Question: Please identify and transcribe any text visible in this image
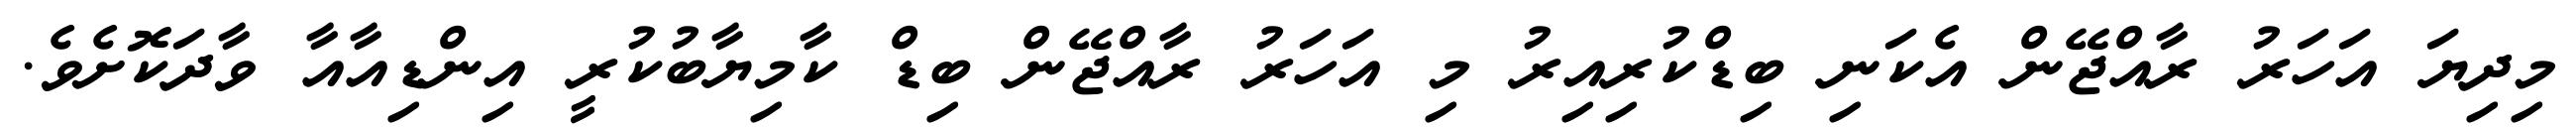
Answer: މިދިޔަ އަހަރު ރާއްޖޭން އެކަނި ބިޑްކުރިއިރު މި އަހަރު ރާއްޖޭން ބިޑް ކާމިޔާބުކުރީ އިންޑިއާއާ ވާދަކޮށެވެ.